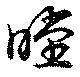
瞠